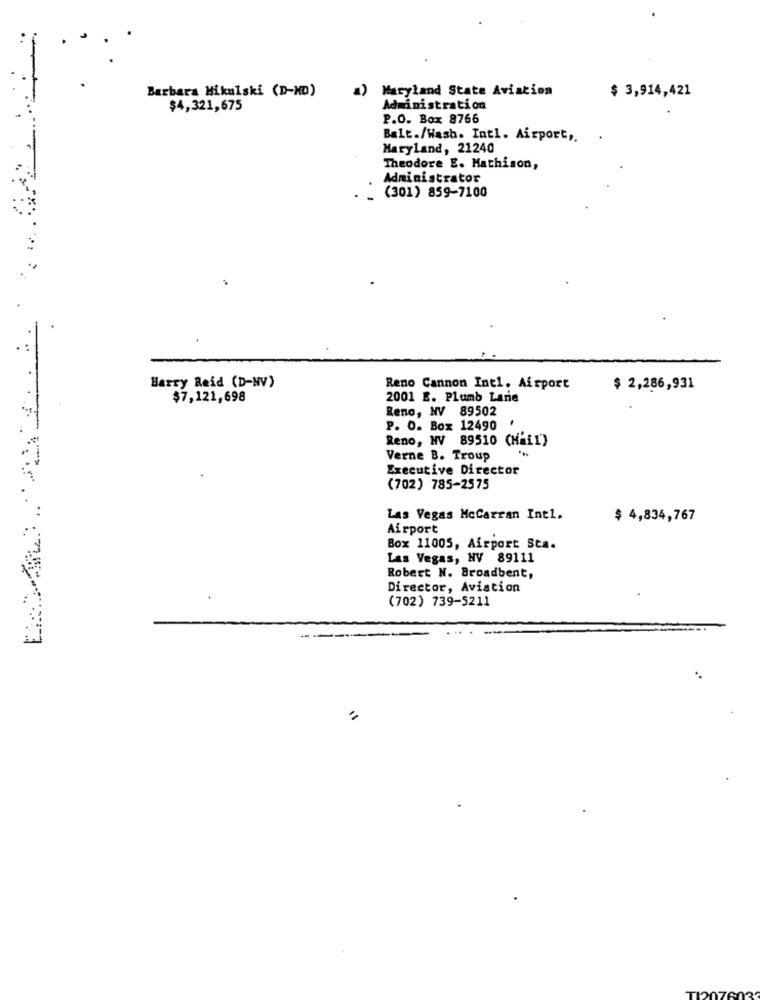
Barbara Mikulski (D-ND)
a) Maryland State Aviation
$ 3,914,421
$4,321,675
Administration
P.O. Box 8766
Balt./Wash. Intl. Airport ,. .
Maryland, 21240
Theodore E. Mathison,
Administrator
_ (301) 859-7100
. :.
Harry Reid (D-NV)
Reno Cannon Intl. Airport
$ 2,286,931
$7,121,698
2001 E. Plumb Lane
Reno, NV 89502
P. O. Box 12490
.
Reno, NV 89510 (Mail)
...
Verne B. Troup
Executive Director
(702) 785-2575
Las Vegas Mccarran Int1.
$ 4,834,767
Airport
Box 11005, Airport Sta.
Las Vegas, NV 89111
Robert N. Broadbent,
Director, Aviation
(702) 739-5211
--